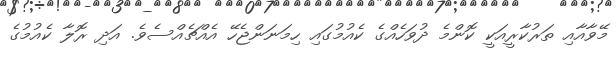
މޭވާއާއި ތަރުކާރީއަކީ ކޮންމެ ދުވަހެއްގެ ކެއުމުގައި ހިމަނަންޖެހޭ އެއްޗެއްސެވެ. އަދި ރޮލާ ކެއުމުގެ